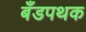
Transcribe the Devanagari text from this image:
बँडपथक